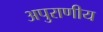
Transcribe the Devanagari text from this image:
अपुराणीय